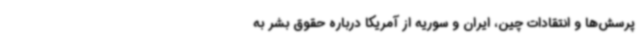
پرسش‌ها و انتقادات چین، ایران و سوریه از آمریکا درباره حقوق بشر به